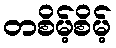
တစိမ့်စိမ့်